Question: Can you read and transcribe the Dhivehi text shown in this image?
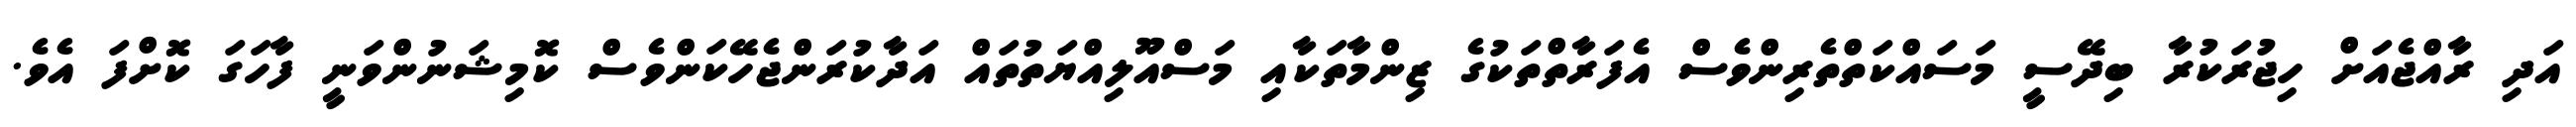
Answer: އަދި ރާއްޖެއަށް ހިޖުރަކުރާ ބިދޭސީ މަސައްކަތްތެރިންވެސް އެފަރާތްތަކުގެ ޒިންމާތަކާއި މަސްއޫލިއްޔަތުތައް އަދާކުރަންޖެހޭކަންވެސް ކޮމިޝަނުންވަނީ ފާހަގަ ކޮށްފަ އެވެ.